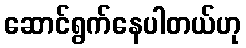
ဆောင်ရွက်နေပါတယ်ဟု